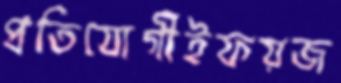
প্রতিযোগীইফয়জ